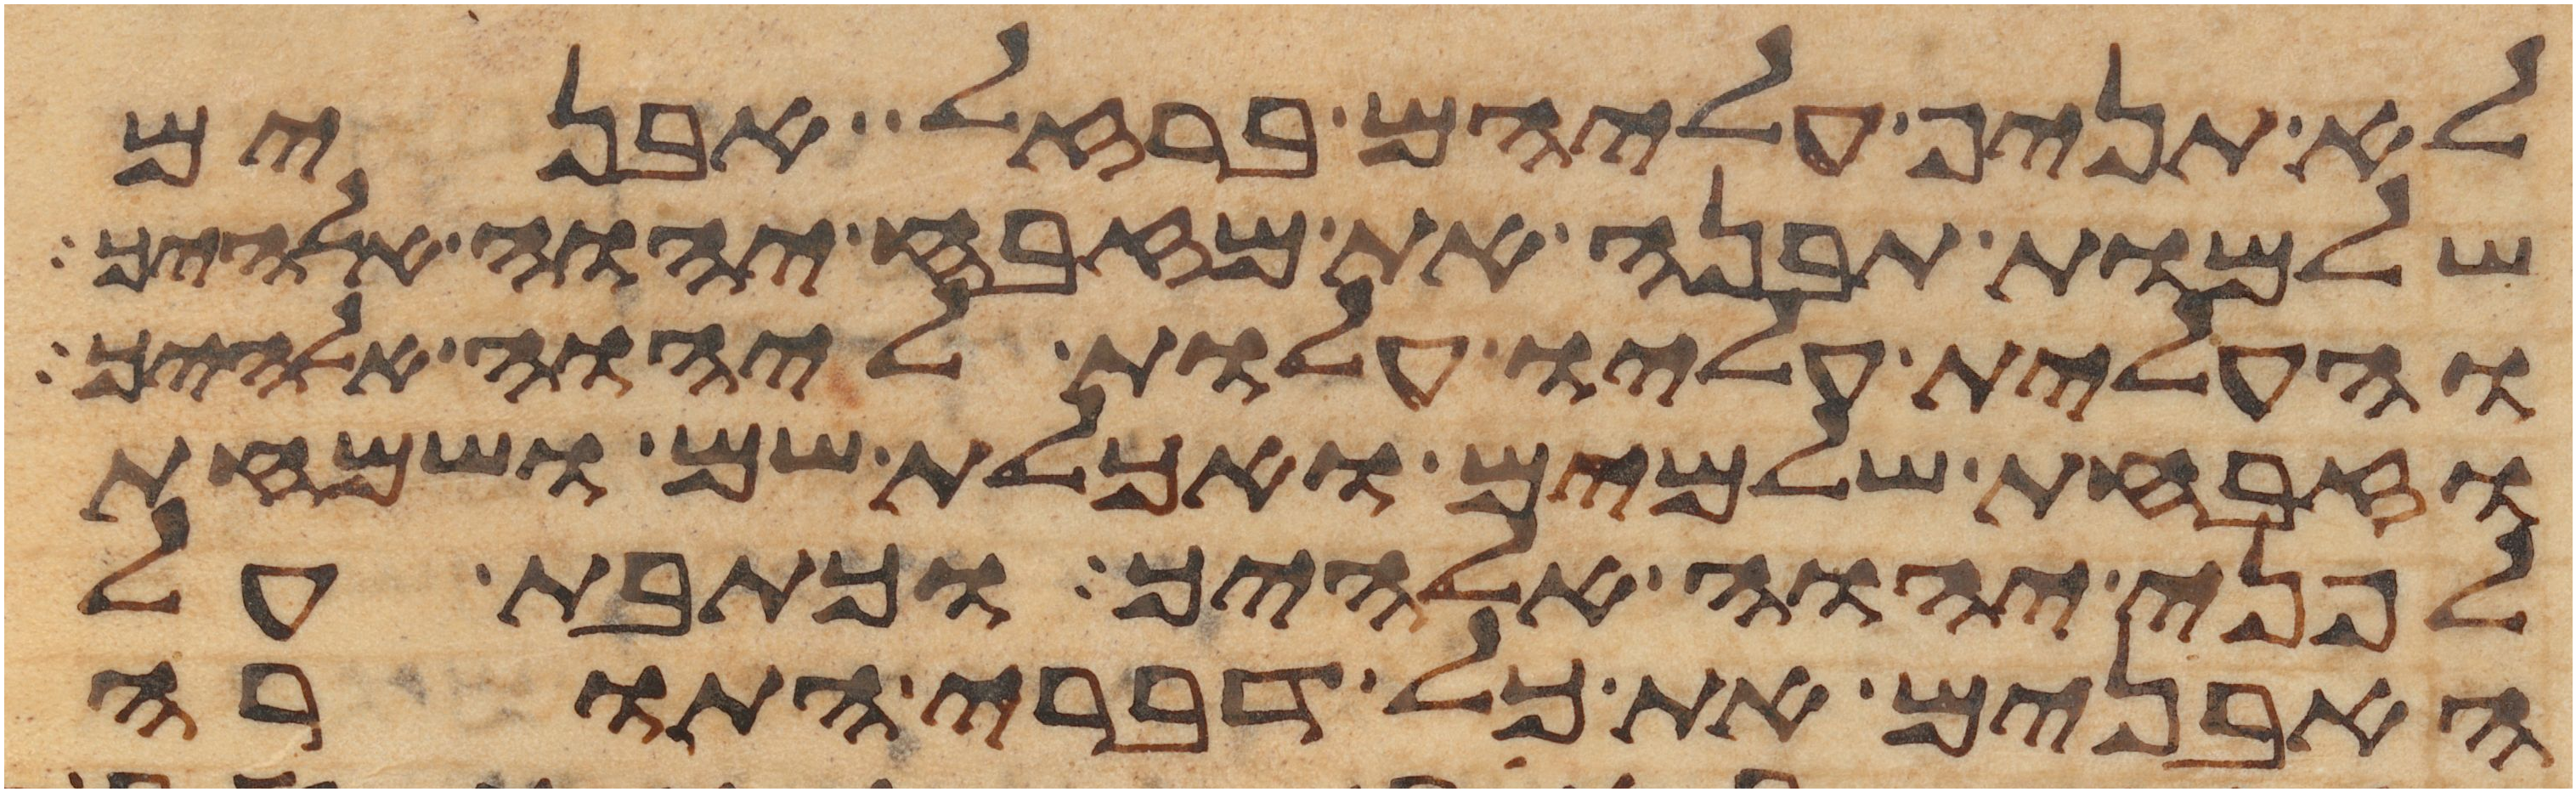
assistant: לא תניף עליהם ברזל אבנים
שלמות תבנה את מזבח יהוה אלהיך
והעלית עליו עלות ליהוה אלהיך
וזבחת שלמים ואכלת שם ושמחת
לפני יהוה אלהיך וכתבת על
האבנים את כל דברי התורה